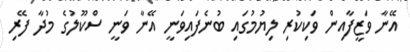
އޭނާ ވަޒީފާއިން ވަކިކުރި ލިޔުމުގައި ބުނެފައިވަނީ އޭނާ ވަނީ ސްކޫލުގެ މުދާ ފޭރި